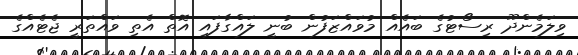
ވިލަމެންދޫ ރިސޯޓުގެ ބައެއް މުވައްޒަފުން ބުނީ ލައްގާފައި އޮތް އެތި ވައްތަރީ ޖެޓެއްގެ